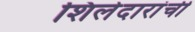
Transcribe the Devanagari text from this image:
शिलेदारांची